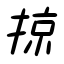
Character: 掠